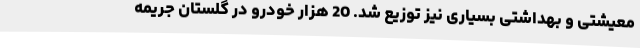
معیشتی و بهداشتی بسیاری نیز توزیع شد. 20 هزار خودرو در گلستان جریمه